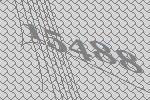
15488